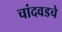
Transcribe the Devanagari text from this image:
चांदवडचे